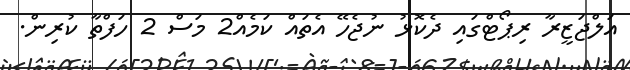
އަލްޖަޒީރާ ރިޕޯޓްގައި ދެކޮޅު ނުޖެހޭ އެތައް ކަމެއް2 މަސް 2 ހަފްތާ ކުރިން.